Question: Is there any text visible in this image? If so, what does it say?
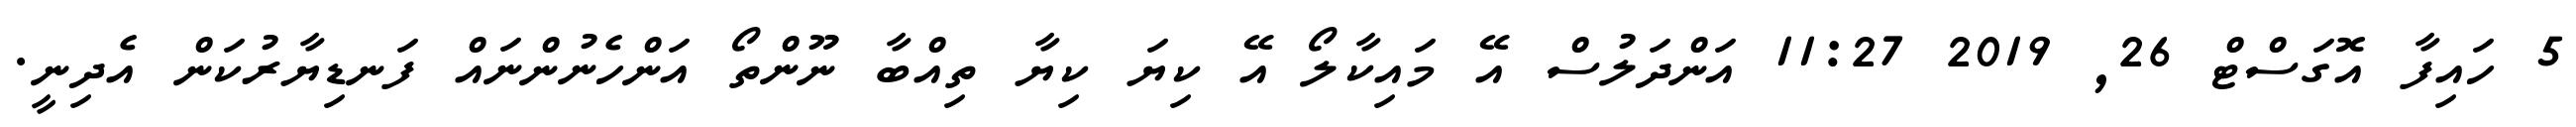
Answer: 5 ހައިފާ އޮގަސްޓް 26, 2019 11:27 އަންދަލުސް އޭ މައިކާލޯ އޭ ކިޔަ ކިޔާ ތިއްބާ ނޫންތޯ އަންހެނުންނައް ފަނޑިޔާރުކަން އެދިނީ.